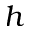
h